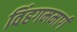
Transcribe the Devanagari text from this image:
विंहगममार्ग